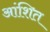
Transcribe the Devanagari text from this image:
आंशित